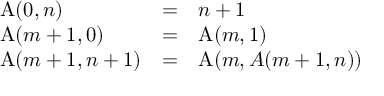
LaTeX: \begin{array} { l c l } { \operatorname { A } ( 0 , n ) } & { = } & { n + 1 } \\ { \operatorname { A } ( m + 1 , 0 ) } & { = } & { \operatorname { A } ( m , 1 ) } \\ { \operatorname { A } ( m + 1 , n + 1 ) } & { = } & { \operatorname { A } ( m , A ( m + 1 , n ) ) } \end{array}